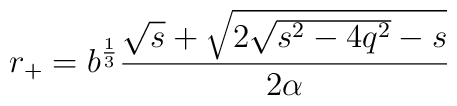
r_+ = b^\frac13\frac{\sqrt{s} + \sqrt{2\sqrt{s^2-4q^2}-s}}{2\alpha}